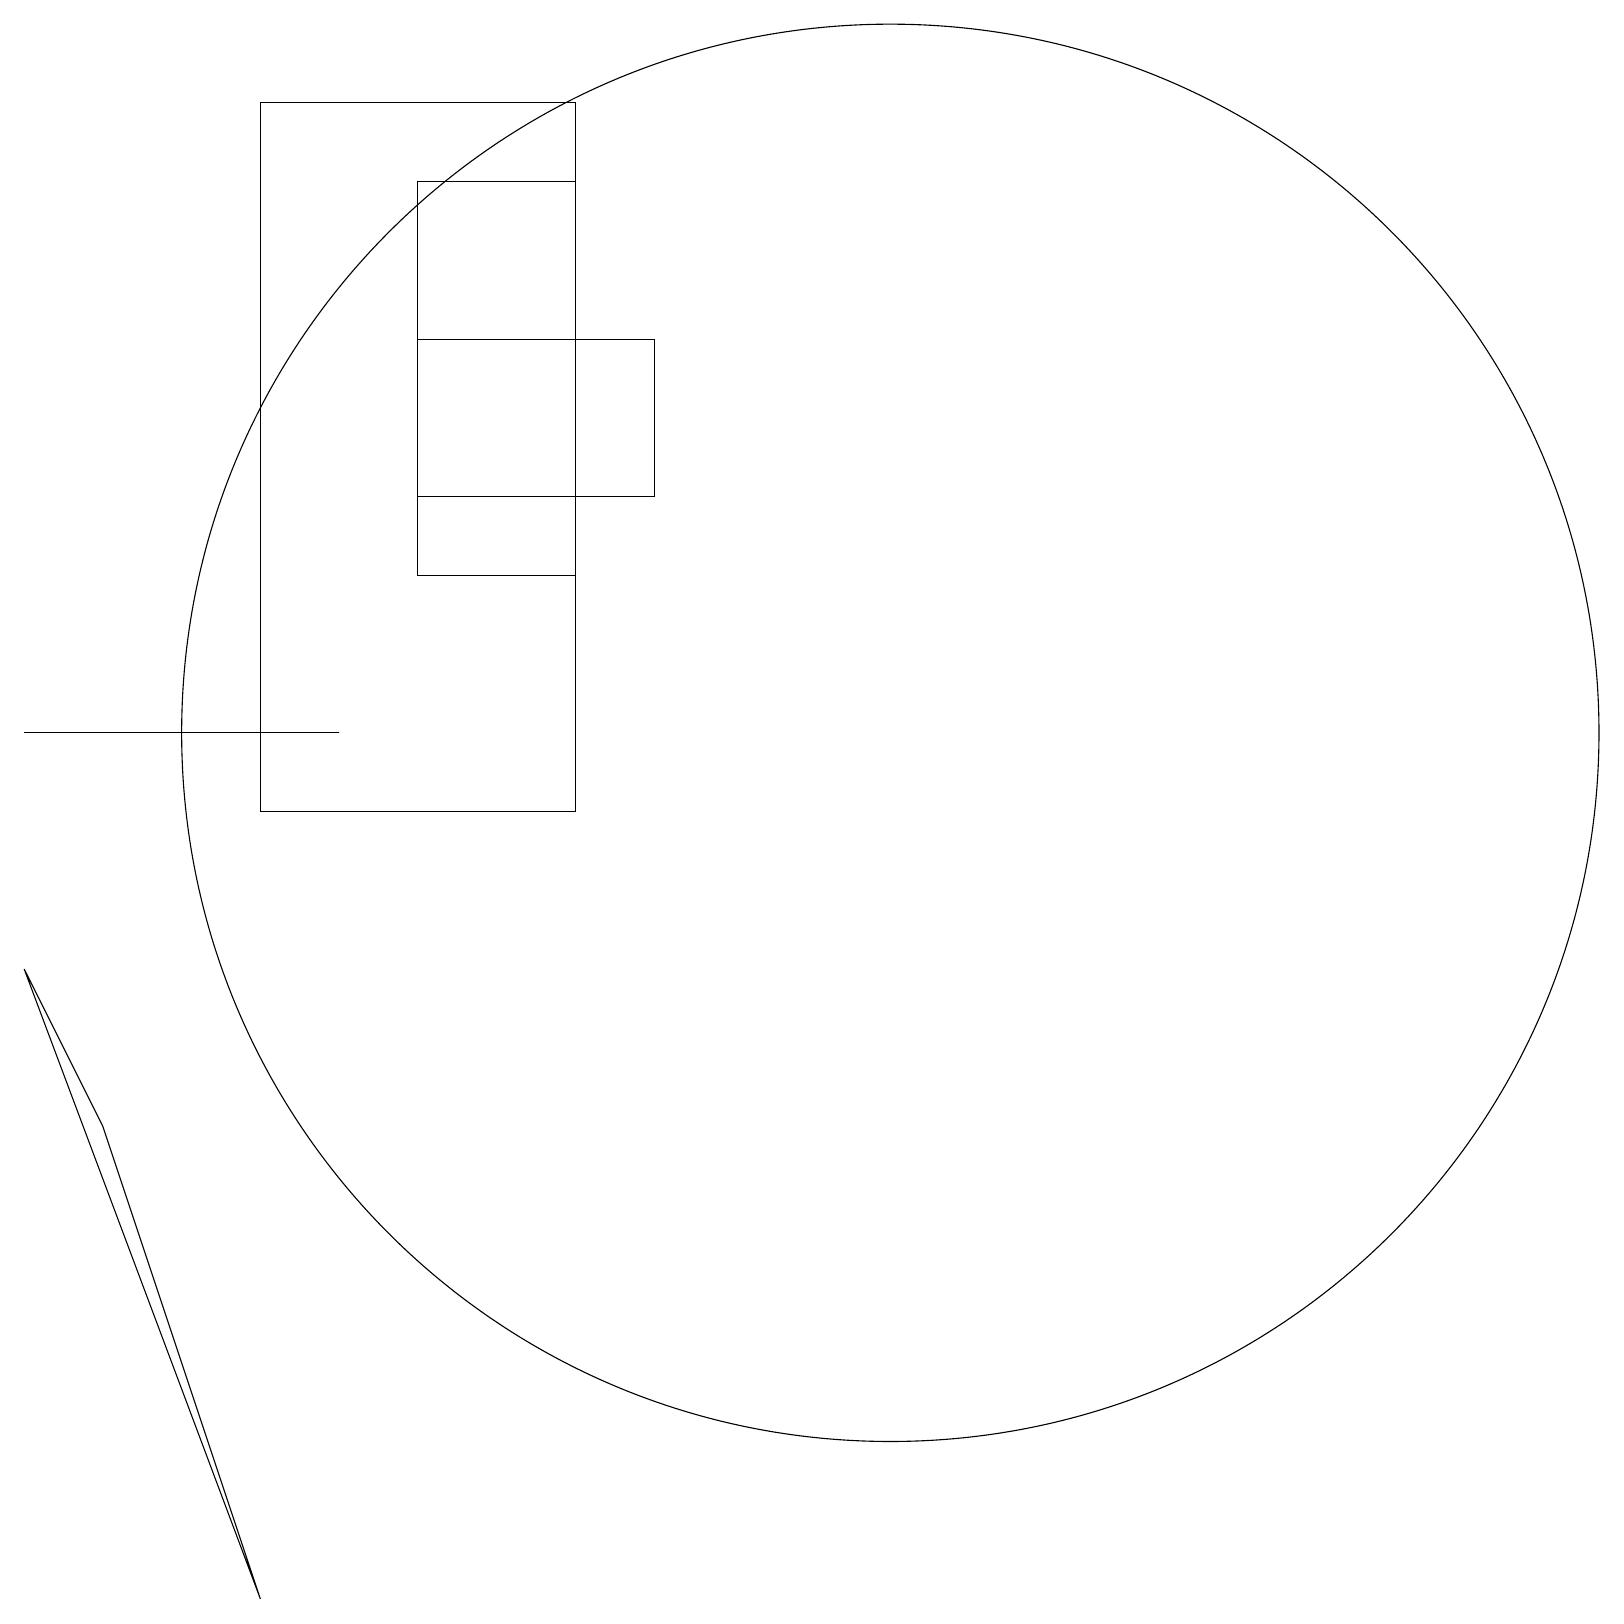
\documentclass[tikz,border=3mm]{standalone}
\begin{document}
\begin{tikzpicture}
\draw (5,14) rectangle (8,16);
\draw (11,11) circle (9);
\draw (5,13) rectangle (7,18);
\draw (3,10) rectangle (7,19);
\draw (4,11) rectangle (0,11);
\draw (3,0) -- (1,6) -- (0,8) -- cycle;
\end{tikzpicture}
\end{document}